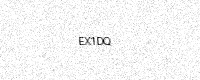
Text: EX1DQ